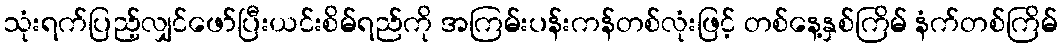
သုံးရက်ပြည့်လျှင်ဖော်ပြီးယင်းစိမ်ရည်ကို အကြမ်းပန်းကန်တစ်လုံးဖြင့် တစ်နေ့နှစ်ကြိမ် နံက်တစ်ကြိမ်